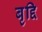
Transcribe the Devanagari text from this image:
बृद्दि